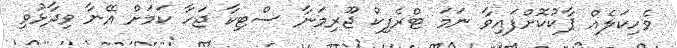
ވެހިކަލެއް ޕާކުކޮށްފައިވާ ނަމަ ޓްރެފިކް ޖޫރިމަނާ ސްޓިކާ ޖަހާ ކަމަށް އޭނާ ވިދާޅުވި